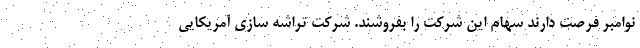
نوامبر فرصت دارند سهام این شرکت را بفروشند. شرکت تراشه سازی آمریکایی